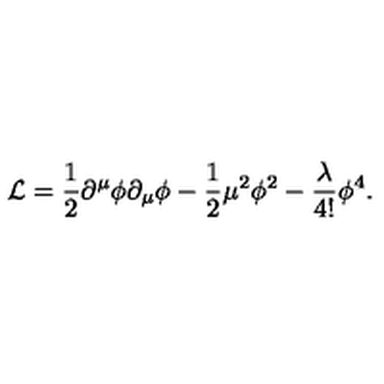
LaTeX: { \cal L } = { \frac { 1 } { 2 } } \partial ^ { \mu } \phi \partial _ { \mu } \phi - { \frac { 1 } { 2 } } \mu ^ { 2 } \phi ^ { 2 } - { \frac { \lambda } { 4 ! } } \phi ^ { 4 } .